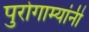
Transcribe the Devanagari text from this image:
पुरोगाम्यांनी